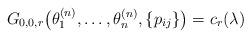
LaTeX: \begin{gather*}G_{0,0,r}\big(\theta_1^{(n)},\ldots,\theta_n^{(n)},\{p_{ij}\}\big)= c_r(\lambda)\end{gather*}